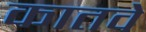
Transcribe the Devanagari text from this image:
कातवे